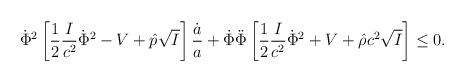
LaTeX: \begin{align*}\dot{\Phi}^2\left[{1\over 2}{I\over c^2}\dot{\Phi}^2-V+\hat{p}\sqrt{I}\right]{\dot{a}\over a}+\dot{\Phi}\ddot{\Phi}\left[{1\over 2}{I\over c^2}\dot{\Phi}^2+V+\hat{\rho}c^2\sqrt{I}\right]\leq 0.\end{align*}